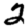
Digit: 2